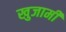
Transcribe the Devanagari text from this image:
खुजामी